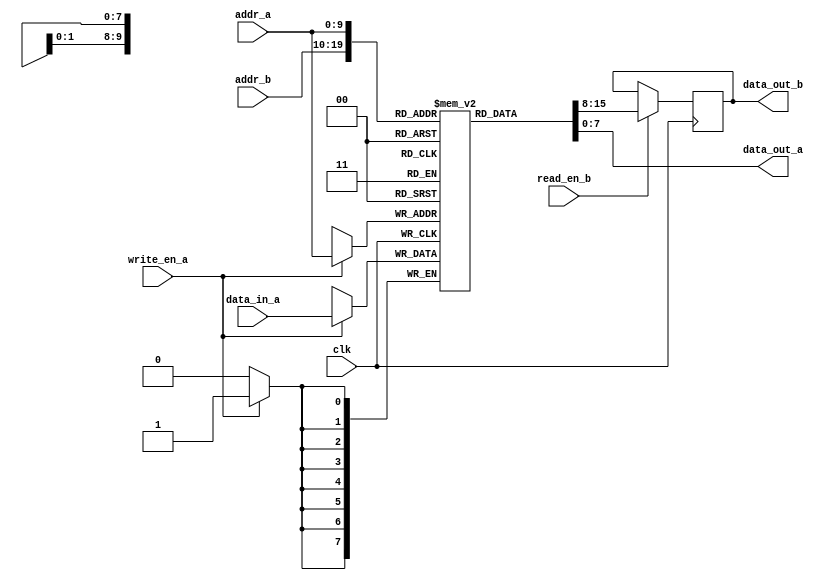
module dual_port_ram_pipeline (
    input wire clk,
    input wire write_en_a,
    input wire [ADDR_WIDTH-1:0] addr_a,
    input wire [DATA_WIDTH-1:0] data_in_a,
    output reg [DATA_WIDTH-1:0] data_out_a,
    input wire read_en_b,
    input wire [ADDR_WIDTH-1:0] addr_b,
    output reg [DATA_WIDTH-1:0] data_out_b
);

parameter ADDR_WIDTH = 10; // Specify address width
parameter DATA_WIDTH = 8; // Specify data width
parameter DEPTH = 1024; // Specify depth of RAM

reg [DATA_WIDTH-1:0] ram [DEPTH-1:0];

always @(posedge clk) begin    
    if(write_en_a) begin
        ram[addr_a] <= data_in_a;
    end
    if(read_en_b) begin
        data_out_b <= ram[addr_b];
    end
end

assign data_out_a = ram[addr_a];

endmodule